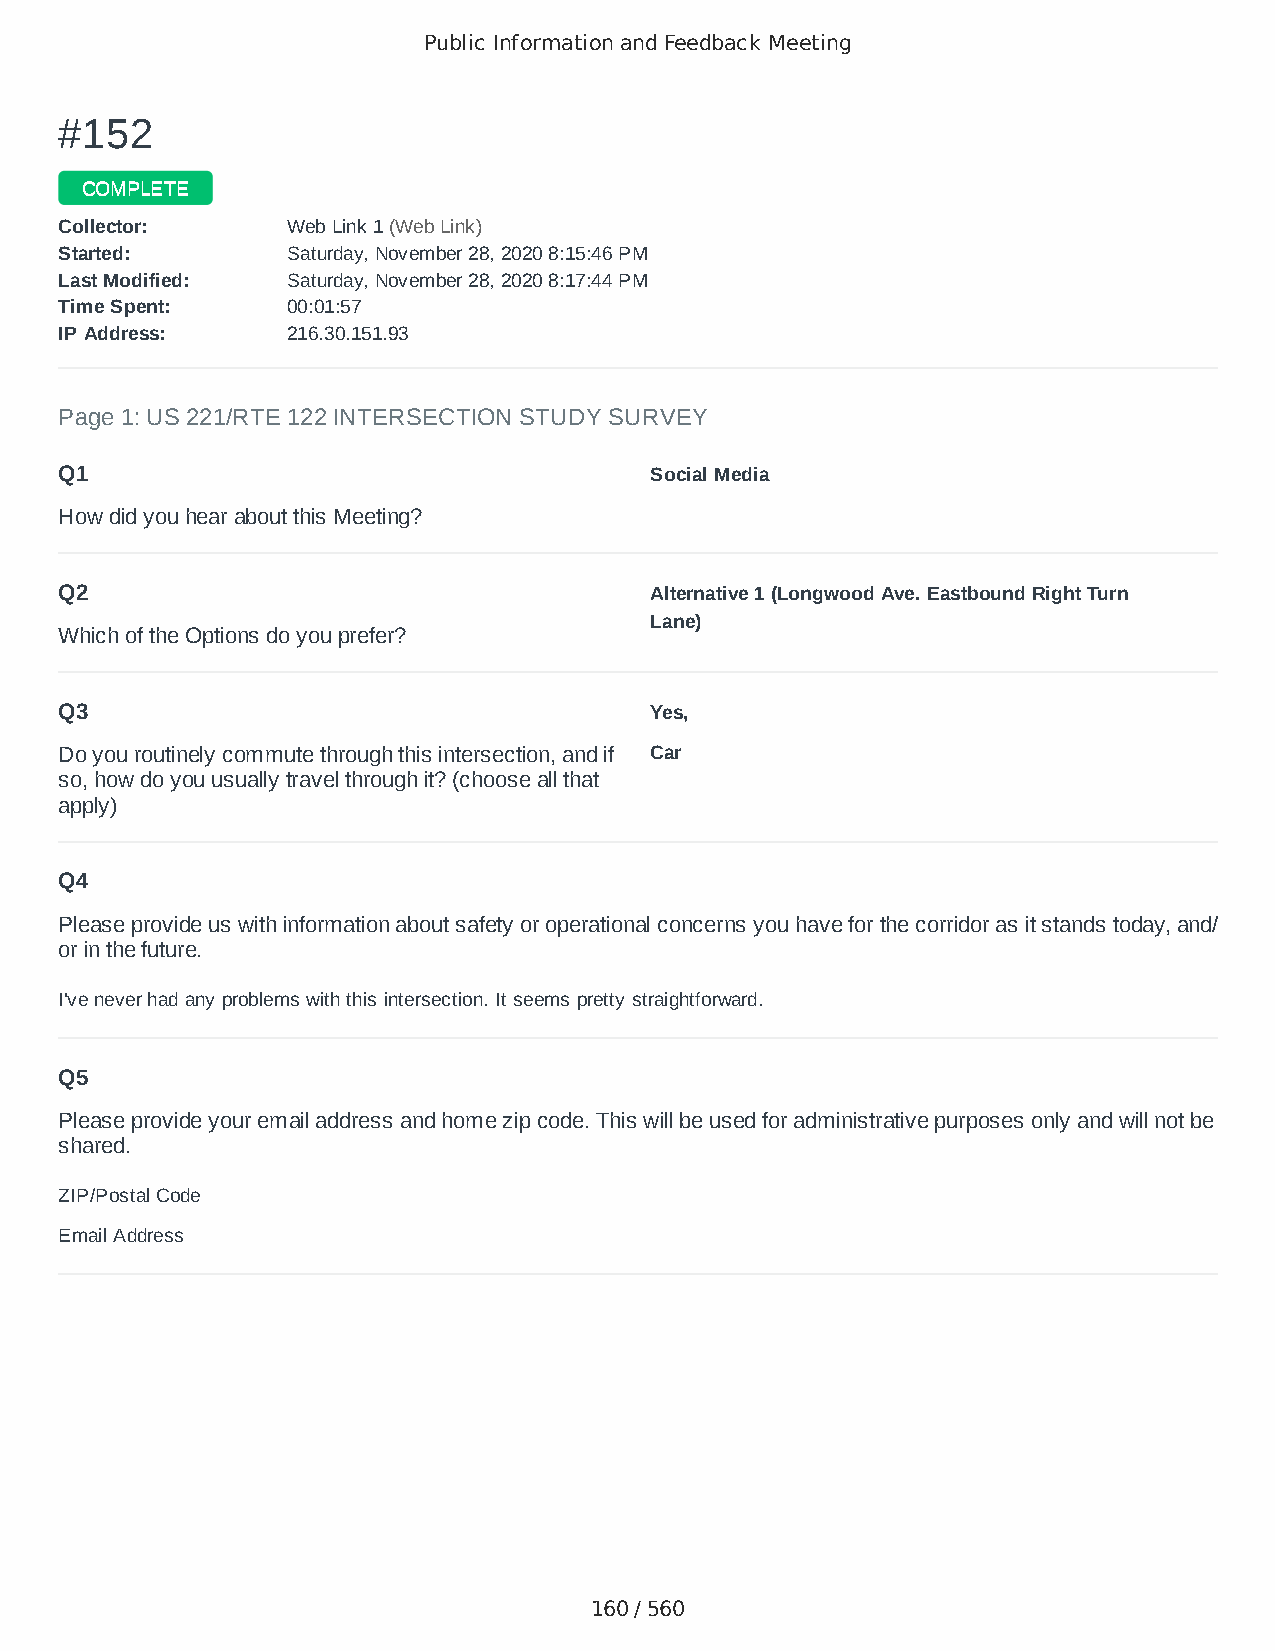
Public Information and Feedback Meeting
 ##115522
 CCOOMMPPLLEETTEE
 CCoolllleeccttoorr:: WWeebb LLiinnkk 11 ((WWeebb LLiinnkk))
 SSttaarrtteedd:: SSaattuurrddaayy,, NNoovveemmbbeerr 2288,, 22002200 88::1155::4466 PPMM
 LLaasstt MMooddiiffiieedd:: SSaattuurrddaayy,, NNoovveemmbbeerr 2288,, 22002200 88::1177::4444 PPMM
 TTiimmee SSppeenntt:: 0000::0011::5577
 IIPP AAddddrreessss:: 221166..3300..115511..9933
 Page 1: US 221/RTE 122 INTERSECTION STUDY SURVEY
 Q1                                     Social Media
 How did you hear about this Meeting?
 Q2                                     Alternative 1 (Longwood Ave. Eastbound Right Turn
 Lane)
 Which of the Options do you prefer?
 Q3                                     Yes,
 Do you routinely commute through this intersection, and if Car
 so, how do you usually travel through it? (choose all that
 apply)
 Q4
 Please provide us with information about safety or operational concerns you have for the corridor as it stands today, and/
 or in the future.
 I've never had any problems with this intersection. It seems pretty straightforward.
 Q5
 Please provide your email address and home zip code. This will be used for administrative purposes only and will not be
 shared.
 ZIP/Postal Code                        24523
 Email Address                          patanddawnr@comcast.net
 160 / 560